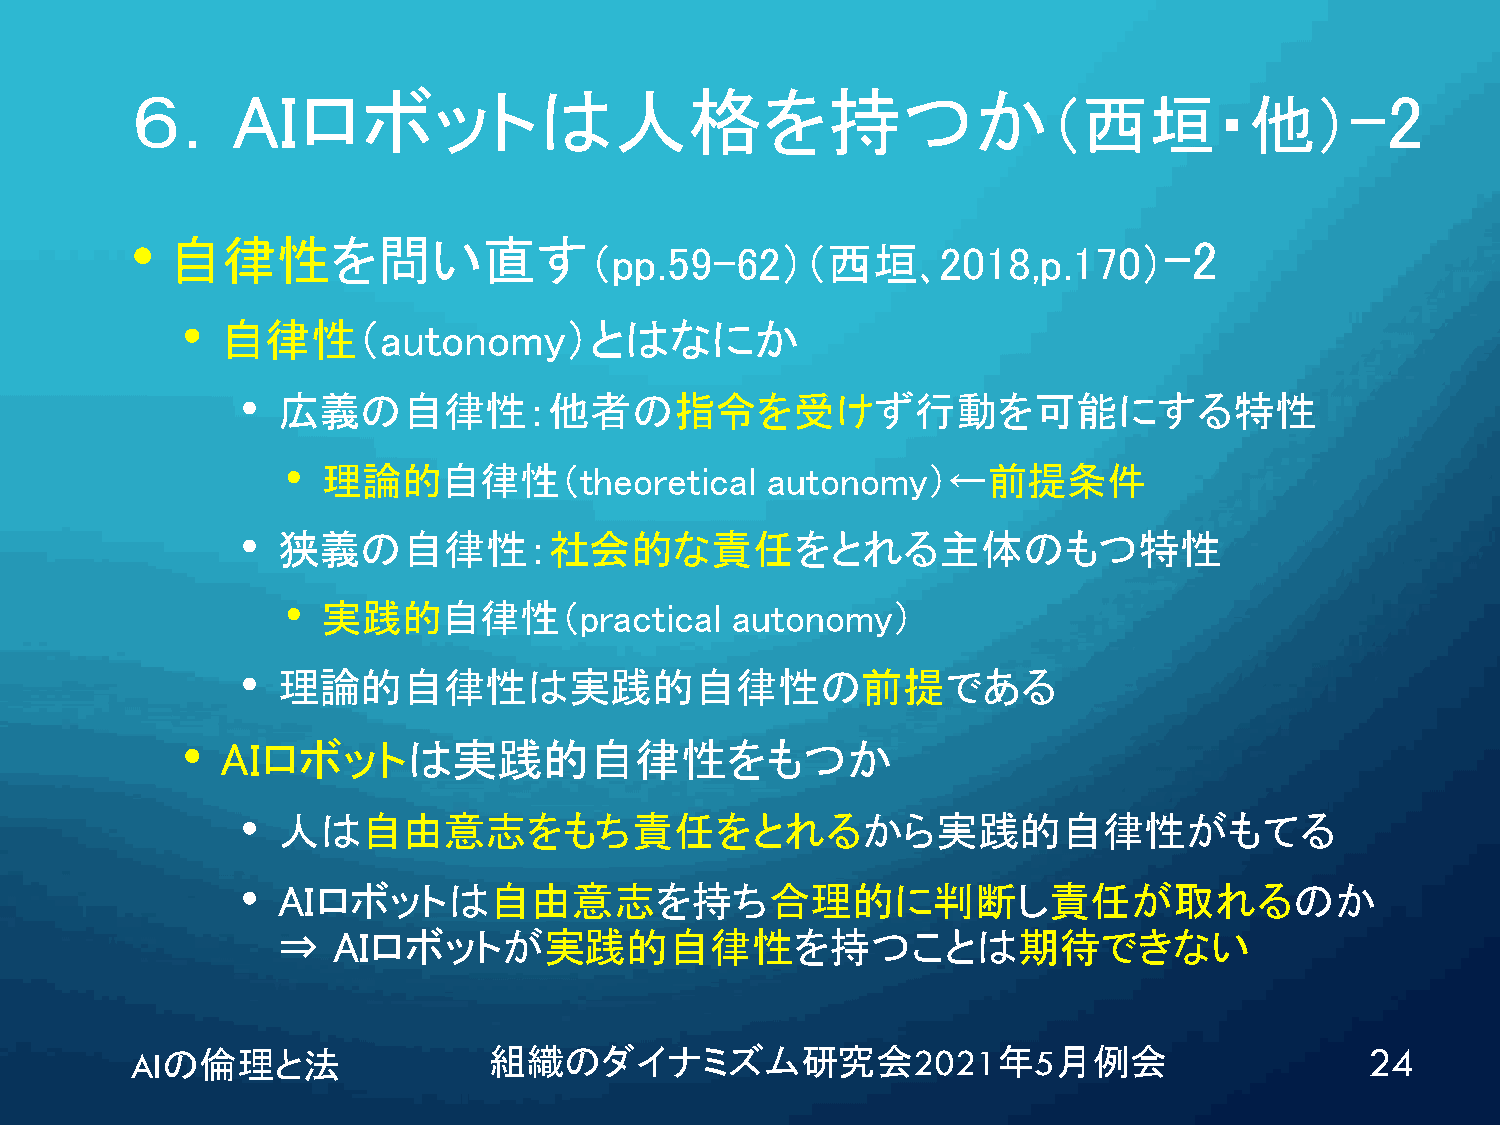
６．AIロボットは人格を持つか                                                                 -2
 （西垣・他）
 •
 自律性を問い直す                                                          -2
 （pp.59-62）（西垣､2018,p.170）
 •  自律性（autonomy）とはなにか
 • 広義の自律性：他者の指令を受けず行動を可能にする特性
 • 理論的自律性（theoretical            autonomy）←前提条件
 • 狭義の自律性：社会的な責任をとれる主体のもつ特性
 • 実践的自律性（practical           autonomy）
 • 理論的自律性は実践的自律性の前提である
 •  AIロボットは実践的自律性をもつか
 • 人は自由意志をもち責任をとれるから実践的自律性がもてる
 • AIロボットは自由意志を持ち合理的に判断し責任が取れるのか
 ⇒   AIロボットが実践的自律性を持つことは期待できない
 AIの倫理と法                組織のダイナミズム研究会2021年5月例会                                      24